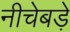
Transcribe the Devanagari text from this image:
नीचेबड़े